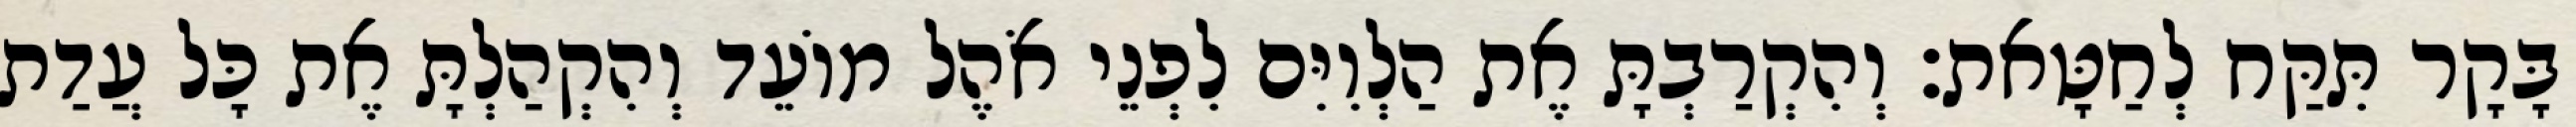
בָּקָר תִּקַּח לְחַטָּאת׃ וְהִקְרַבְתָּ אֶת הַלְוִיִּם לִפְנֵי אֹהֶל מוֹעֵד וְהִקְהַלְתָּ אֶת כָּל עֲדַת